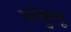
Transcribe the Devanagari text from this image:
चोकुसू